Document type: Grant of rights
Year: 1326
Scribe: Bernat de Vilarúbia
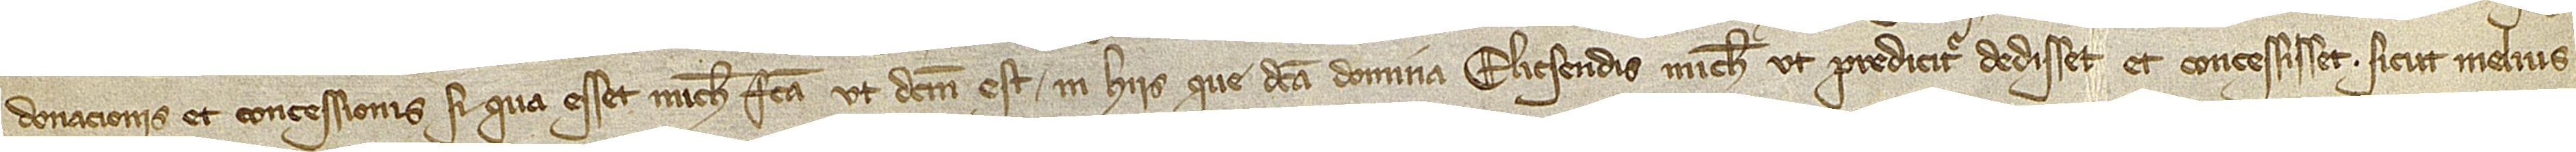
donacionis et concessionis, si qua esset michi facta, ut dictum est, in hiis que dicta domina Elicsendis michi, ut predicitur, dedisset et concessisset, sicut melius